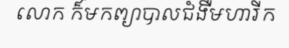
លោក ក៏មកព្យាបាលជំងឺមហារីក